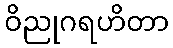
ဝိညုဂရဟိတာ